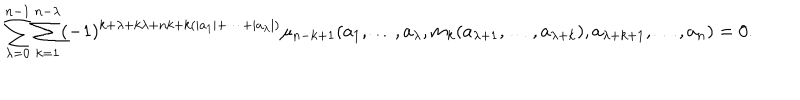
\sum _ { \lambda = 0 } ^ { n - 1 } \sum _ { k = 1 } ^ { n - \lambda } ( - 1 ) ^ { k + \lambda + k \lambda + n k + k ( \vert a _ { 1 } \vert + \dots + \vert a _ { \lambda } \vert ) } \mu _ { n - k + 1 } ( a _ { 1 } , \dots , a _ { \lambda } , m _ { k } ( a _ { \lambda + 1 } , \dots , a _ { \lambda + k } ) , a _ { \lambda + k + 1 } , \dots , a _ { n } ) = 0 .